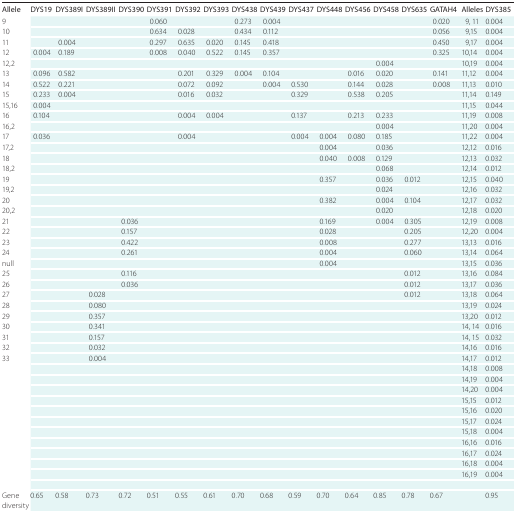
<table><thead><tr><td><b>Allele</b></td><td><b>DYS19</b></td><td><b>DYS389I</b></td><td><b>DYS389II</b></td><td><b>DYS390</b></td><td><b>DYS391</b></td><td><b>DYS392</b></td><td><b>DYS393</b></td><td><b>DYS438</b></td><td><b>DYS439</b></td><td><b>DYS437</b></td><td><b>DYS448</b></td><td><b>DYS456</b></td><td><b>DYS458</b></td><td><b>DYS635</b></td><td><b>GATAH4</b></td><td><b>Alleles</b></td><td><b>DYS385</b></td></tr></thead><tbody><tr><td>9</td><td></td><td></td><td></td><td></td><td>0.060</td><td></td><td></td><td>0.273</td><td>0.004</td><td></td><td></td><td></td><td></td><td></td><td>0.020</td><td>9,11</td><td>0.004</td></tr><tr><td>10</td><td></td><td></td><td></td><td></td><td>0.634</td><td>0.028</td><td></td><td>0.434</td><td>0.112</td><td></td><td></td><td></td><td></td><td></td><td>0.056</td><td>9,15</td><td>0.004</td></tr><tr><td>11</td><td></td><td>0.004</td><td></td><td></td><td>0.297</td><td>0.635</td><td>0.020</td><td>0.145</td><td>0.418</td><td></td><td></td><td></td><td></td><td></td><td>0.450</td><td>9,17</td><td>0.004</td></tr><tr><td>12</td><td>0.004</td><td>0.189</td><td></td><td></td><td>0.008</td><td>0.040</td><td>0.522</td><td>0.145</td><td>0.357</td><td></td><td></td><td></td><td></td><td></td><td>0.325</td><td>10,14</td><td>0.004</td></tr><tr><td>12,2</td><td></td><td></td><td></td><td></td><td></td><td></td><td></td><td></td><td></td><td></td><td></td><td></td><td>0.004</td><td></td><td></td><td>10,19</td><td>0.004</td></tr><tr><td>13</td><td>0.096</td><td>0.582</td><td></td><td></td><td></td><td>0.201</td><td>0.329</td><td>0.004</td><td>0.104</td><td></td><td></td><td>0.016</td><td>0.020</td><td></td><td>0.141</td><td>11,12</td><td>0.004</td></tr><tr><td>14</td><td>0.522</td><td>0.221</td><td></td><td></td><td></td><td>0.072</td><td>0.092</td><td></td><td>0.004</td><td>0.530</td><td></td><td>0.144</td><td>0.028</td><td></td><td>0.008</td><td>11,13</td><td>0.010</td></tr><tr><td>15</td><td>0.233</td><td>0.004</td><td></td><td></td><td></td><td>0.016</td><td>0.032</td><td></td><td></td><td>0.329</td><td></td><td>0.538</td><td>0.205</td><td></td><td></td><td>11,14</td><td>0.149</td></tr><tr><td>15,16</td><td>0.004</td><td></td><td></td><td></td><td></td><td></td><td></td><td></td><td></td><td></td><td></td><td></td><td></td><td></td><td></td><td>11,15</td><td>0.044</td></tr><tr><td>16</td><td>0.104</td><td></td><td></td><td></td><td></td><td>0.004</td><td>0.004</td><td></td><td></td><td>0.137</td><td></td><td>0.213</td><td>0.233</td><td></td><td></td><td>11,19</td><td>0.008</td></tr><tr><td>16,2</td><td></td><td></td><td></td><td></td><td></td><td></td><td></td><td></td><td></td><td></td><td></td><td></td><td>0.004</td><td></td><td></td><td>11,20</td><td>0.004</td></tr><tr><td>17</td><td>0.036</td><td></td><td></td><td></td><td></td><td>0.004</td><td></td><td></td><td></td><td>0.004</td><td>0.004</td><td>0.080</td><td>0.185</td><td></td><td></td><td>11,22</td><td>0.004</td></tr><tr><td>17,2</td><td></td><td></td><td></td><td></td><td></td><td></td><td></td><td></td><td></td><td></td><td>0.004</td><td></td><td>0.036</td><td></td><td></td><td>12,12</td><td>0.016</td></tr><tr><td>18</td><td></td><td></td><td></td><td></td><td></td><td></td><td></td><td></td><td></td><td></td><td>0.040</td><td>0.008</td><td>0.129</td><td></td><td></td><td>12,13</td><td>0.032</td></tr><tr><td>18,2</td><td></td><td></td><td></td><td></td><td></td><td></td><td></td><td></td><td></td><td></td><td></td><td></td><td>0.068</td><td></td><td></td><td>12,14</td><td>0.012</td></tr><tr><td>19</td><td></td><td></td><td></td><td></td><td></td><td></td><td></td><td></td><td></td><td></td><td>0.357</td><td></td><td>0.036</td><td>0.012</td><td></td><td>12,15</td><td>0.040</td></tr><tr><td>19,2</td><td></td><td></td><td></td><td></td><td></td><td></td><td></td><td></td><td></td><td></td><td></td><td></td><td>0.024</td><td></td><td></td><td>12,16</td><td>0.032</td></tr><tr><td>20</td><td></td><td></td><td></td><td></td><td></td><td></td><td></td><td></td><td></td><td></td><td>0.382</td><td></td><td>0.004</td><td>0.104</td><td></td><td>12,17</td><td>0.032</td></tr><tr><td>20,2</td><td></td><td></td><td></td><td></td><td></td><td></td><td></td><td></td><td></td><td></td><td></td><td></td><td>0.020</td><td></td><td></td><td>12,18</td><td>0.020</td></tr><tr><td>21</td><td></td><td></td><td></td><td>0.036</td><td></td><td></td><td></td><td></td><td></td><td></td><td>0.169</td><td></td><td>0.004</td><td>0.305</td><td></td><td>12,19</td><td>0.008</td></tr><tr><td>22</td><td></td><td></td><td></td><td>0.157</td><td></td><td></td><td></td><td></td><td></td><td></td><td>0.028</td><td></td><td></td><td>0.205</td><td></td><td>12,2</td><td>0.004</td></tr><tr><td>23</td><td></td><td></td><td></td><td>0.422</td><td></td><td></td><td></td><td></td><td></td><td></td><td>0.008</td><td></td><td></td><td>0.277</td><td></td><td>13,13</td><td>0.016</td></tr><tr><td>24</td><td></td><td></td><td></td><td>0.261</td><td></td><td></td><td></td><td></td><td></td><td></td><td>0.004</td><td></td><td></td><td>0.060</td><td></td><td>13,14</td><td>0.064</td></tr><tr><td>null</td><td></td><td></td><td></td><td></td><td></td><td></td><td></td><td></td><td></td><td></td><td>0.004</td><td></td><td></td><td></td><td></td><td>13,15</td><td>0.036</td></tr><tr><td>25</td><td></td><td></td><td></td><td>0.116</td><td></td><td></td><td></td><td></td><td></td><td></td><td></td><td></td><td></td><td>0.012</td><td></td><td>13,16</td><td>0.084</td></tr><tr><td>26</td><td></td><td></td><td></td><td>0.036</td><td></td><td></td><td></td><td></td><td></td><td></td><td></td><td></td><td></td><td>0.012</td><td></td><td>13,17</td><td>0.036</td></tr><tr><td>27</td><td></td><td></td><td>0.028</td><td></td><td></td><td></td><td></td><td></td><td></td><td></td><td></td><td></td><td></td><td>0.012</td><td></td><td>13,18</td><td>0.064</td></tr><tr><td>28</td><td></td><td></td><td>0.080</td><td></td><td></td><td></td><td></td><td></td><td></td><td></td><td></td><td></td><td></td><td></td><td></td><td>13,19</td><td>0.024</td></tr><tr><td>29</td><td></td><td></td><td>0.357</td><td></td><td></td><td></td><td></td><td></td><td></td><td></td><td></td><td></td><td></td><td></td><td></td><td>13,20</td><td>0.012</td></tr><tr><td>30</td><td></td><td></td><td>0.341</td><td></td><td></td><td></td><td></td><td></td><td></td><td></td><td></td><td></td><td></td><td></td><td></td><td>14,14</td><td>0.016</td></tr><tr><td>31</td><td></td><td></td><td>0.157</td><td></td><td></td><td></td><td></td><td></td><td></td><td></td><td></td><td></td><td></td><td></td><td></td><td>14,15</td><td>0.032</td></tr><tr><td>32</td><td></td><td></td><td>0.032</td><td></td><td></td><td></td><td></td><td></td><td></td><td></td><td></td><td></td><td></td><td></td><td></td><td>14,16</td><td>0.016</td></tr><tr><td>33</td><td></td><td></td><td>0.004</td><td></td><td></td><td></td><td></td><td></td><td></td><td></td><td></td><td></td><td></td><td></td><td></td><td>14,17</td><td>0.012</td></tr><tr><td></td><td></td><td></td><td></td><td></td><td></td><td></td><td></td><td></td><td></td><td></td><td></td><td></td><td></td><td></td><td></td><td>14,18</td><td>0.008</td></tr><tr><td></td><td></td><td></td><td></td><td></td><td></td><td></td><td></td><td></td><td></td><td></td><td></td><td></td><td></td><td></td><td></td><td>14,19</td><td>0.004</td></tr><tr><td></td><td></td><td></td><td></td><td></td><td></td><td></td><td></td><td></td><td></td><td></td><td></td><td></td><td></td><td></td><td></td><td>14,20</td><td>0.004</td></tr><tr><td></td><td></td><td></td><td></td><td></td><td></td><td></td><td></td><td></td><td></td><td></td><td></td><td></td><td></td><td></td><td></td><td>15,15</td><td>0.012</td></tr><tr><td></td><td></td><td></td><td></td><td></td><td></td><td></td><td></td><td></td><td></td><td></td><td></td><td></td><td></td><td></td><td></td><td>15,16</td><td>0.020</td></tr><tr><td></td><td></td><td></td><td></td><td></td><td></td><td></td><td></td><td></td><td></td><td></td><td></td><td></td><td></td><td></td><td></td><td>15,17</td><td>0.024</td></tr><tr><td></td><td></td><td></td><td></td><td></td><td></td><td></td><td></td><td></td><td></td><td></td><td></td><td></td><td></td><td></td><td></td><td>15,18</td><td>0.004</td></tr><tr><td></td><td></td><td></td><td></td><td></td><td></td><td></td><td></td><td></td><td></td><td></td><td></td><td></td><td></td><td></td><td></td><td>16,16</td><td>0.016</td></tr><tr><td></td><td></td><td></td><td></td><td></td><td></td><td></td><td></td><td></td><td></td><td></td><td></td><td></td><td></td><td></td><td></td><td>16,17</td><td>0.024</td></tr><tr><td></td><td></td><td></td><td></td><td></td><td></td><td></td><td></td><td></td><td></td><td></td><td></td><td></td><td></td><td></td><td></td><td>16,18</td><td>0.004</td></tr><tr><td></td><td></td><td></td><td></td><td></td><td></td><td></td><td></td><td></td><td></td><td></td><td></td><td></td><td></td><td></td><td></td><td>16,19</td><td>0.004</td></tr><tr><td>Gene diversity</td><td>0.65</td><td>0.58</td><td>0.73</td><td>0.72</td><td>0.51</td><td>0.55</td><td>0.61</td><td>0.70</td><td>0.68</td><td>0.59</td><td>0.70</td><td>0.64</td><td>0.85</td><td>0.78</td><td>0.67</td><td></td><td>0.95</td></tr></tbody></table>